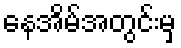
နေအိမ်အတွင်းမှ